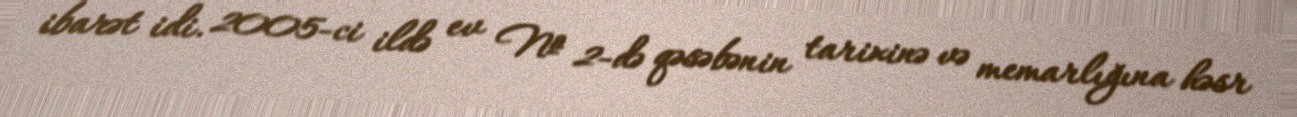
ibarət idi. 2005-ci ildə ev № 2-də qəsəbənin tarixinə və memarlığına həsr